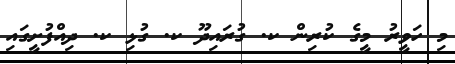
މި ހަވީރު މީގެ ކުރިން ކ. ގުރައިދޫ ކ. ގުޅި ކ. ދިއްފުށީގައި